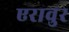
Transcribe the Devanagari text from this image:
एरावुर